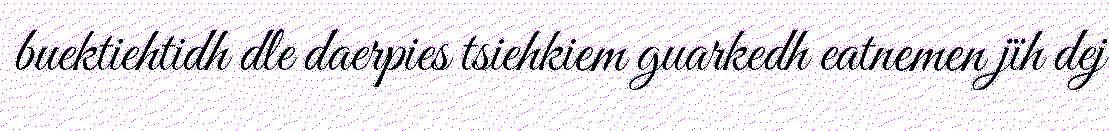
buektiehtidh dle daerpies tsiehkiem guarkedh eatnemen jïh dej